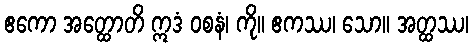
ဧကော အတ္ထောတိ ဣဒံ ဝစနံ၊ ကို။ ဧကဿ၊ သော။ အတ္ထဿ၊